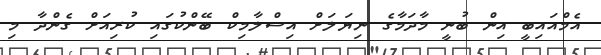
އެމްއައިބީ އިން ބުނީ މާދަމާގެ ނިޔަލަށް އިސްލާމިކް ބޭންކުގައި ކުރިއަށް ގެންދާ މި